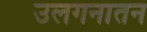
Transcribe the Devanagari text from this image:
उलगनातन